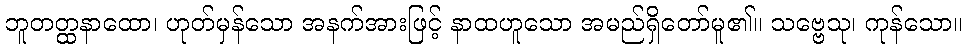
ဘူတတ္ထနာထော၊ ဟုတ်မှန်သော အနက်အားဖြင့် နာထဟူသော အမည်ရှိတော်မူ၏။ သဗ္ဗေသု၊ ကုန်သော။